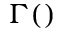
\Gamma ( )